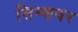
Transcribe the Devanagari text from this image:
सिम्सवर